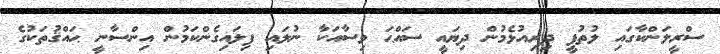
ސްރީލަންކާގައި ލުުތުފީ ދިރިއުޅެމުން ދިޔައީ ސައްޙަ ވިސާއަކާ ނުލައި ފިލައިގެންކަމުން އިންސާނީ ޙައްޤުތަކުގެ